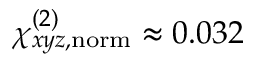
\chi _ { x y z , \mathrm { n o r m } } ^ { ( 2 ) } \approx 0 . 0 3 2